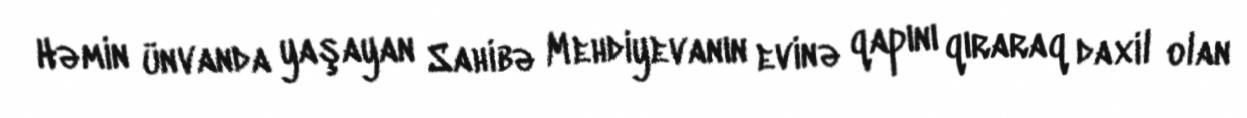
Həmin ünvanda yaşayan Sahibə Mehdiyevanın evinə qapını qıraraq daxil olan